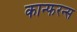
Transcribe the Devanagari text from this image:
कान्फरन्स